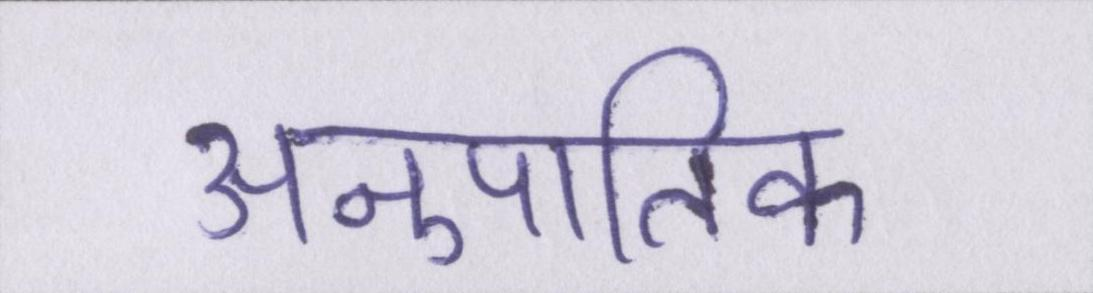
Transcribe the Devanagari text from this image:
अनुपातिक